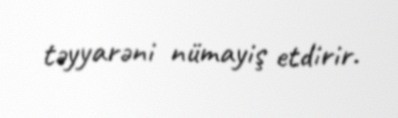
təyyarəni nümayiş etdirir.